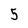
Character: 5